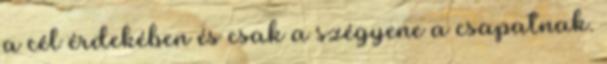
a cél érdekében és csak a szégyene a csapatnak.